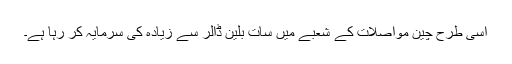
اسی طرح چین مواصلات کے شعبے میں سات بلین ڈالر سے زیادہ کی سرمایہ کر رہا ہے۔